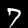
Digit: 7